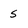
Character: s